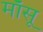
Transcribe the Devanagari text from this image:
माँसू